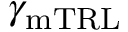
\gamma _ { \mathrm { m T R L } }